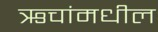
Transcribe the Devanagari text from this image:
ऋचांमधील